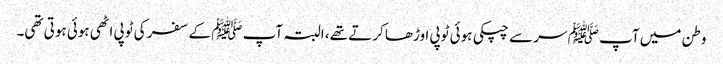
وطن میں آپ ﷺ سر سے چپکی ہوئی ٹوپی اوڑھا کرتے تھے، البتہ آپ ﷺ کے سفر کی ٹوپی اٹھی ہوئی ہوتی تھی۔